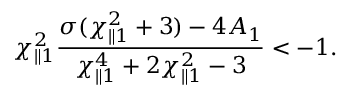
\chi _ { \parallel 1 } ^ { 2 } \frac { \sigma ( \chi _ { \parallel 1 } ^ { 2 } + 3 ) - 4 A _ { 1 } } { \chi _ { \parallel 1 } ^ { 4 } + 2 \chi _ { \parallel 1 } ^ { 2 } - 3 } < - 1 .